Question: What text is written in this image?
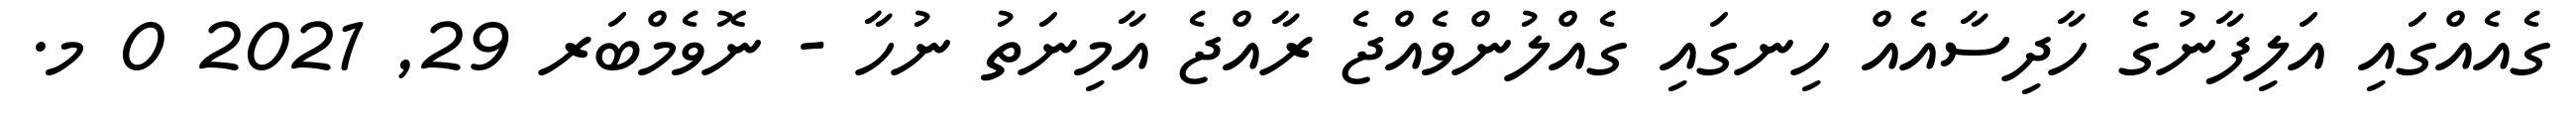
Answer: ގެއެއްގައި އަލިފާނުގެ ހާދިސާއެއް ހިނގައި ގެއްލުންވެއްޖެ ރާއްޖެ އާމިނަތު ނުހާ - ނޮވެމްބަރ 29, 2021 0 މ.